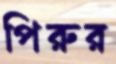
পিরুর